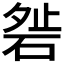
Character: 𥓇